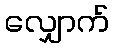
လျှောက်